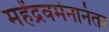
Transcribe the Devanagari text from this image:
महेंद्रवर्मनानंतर